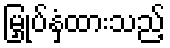
မြှုပ်နှံထားသည့်